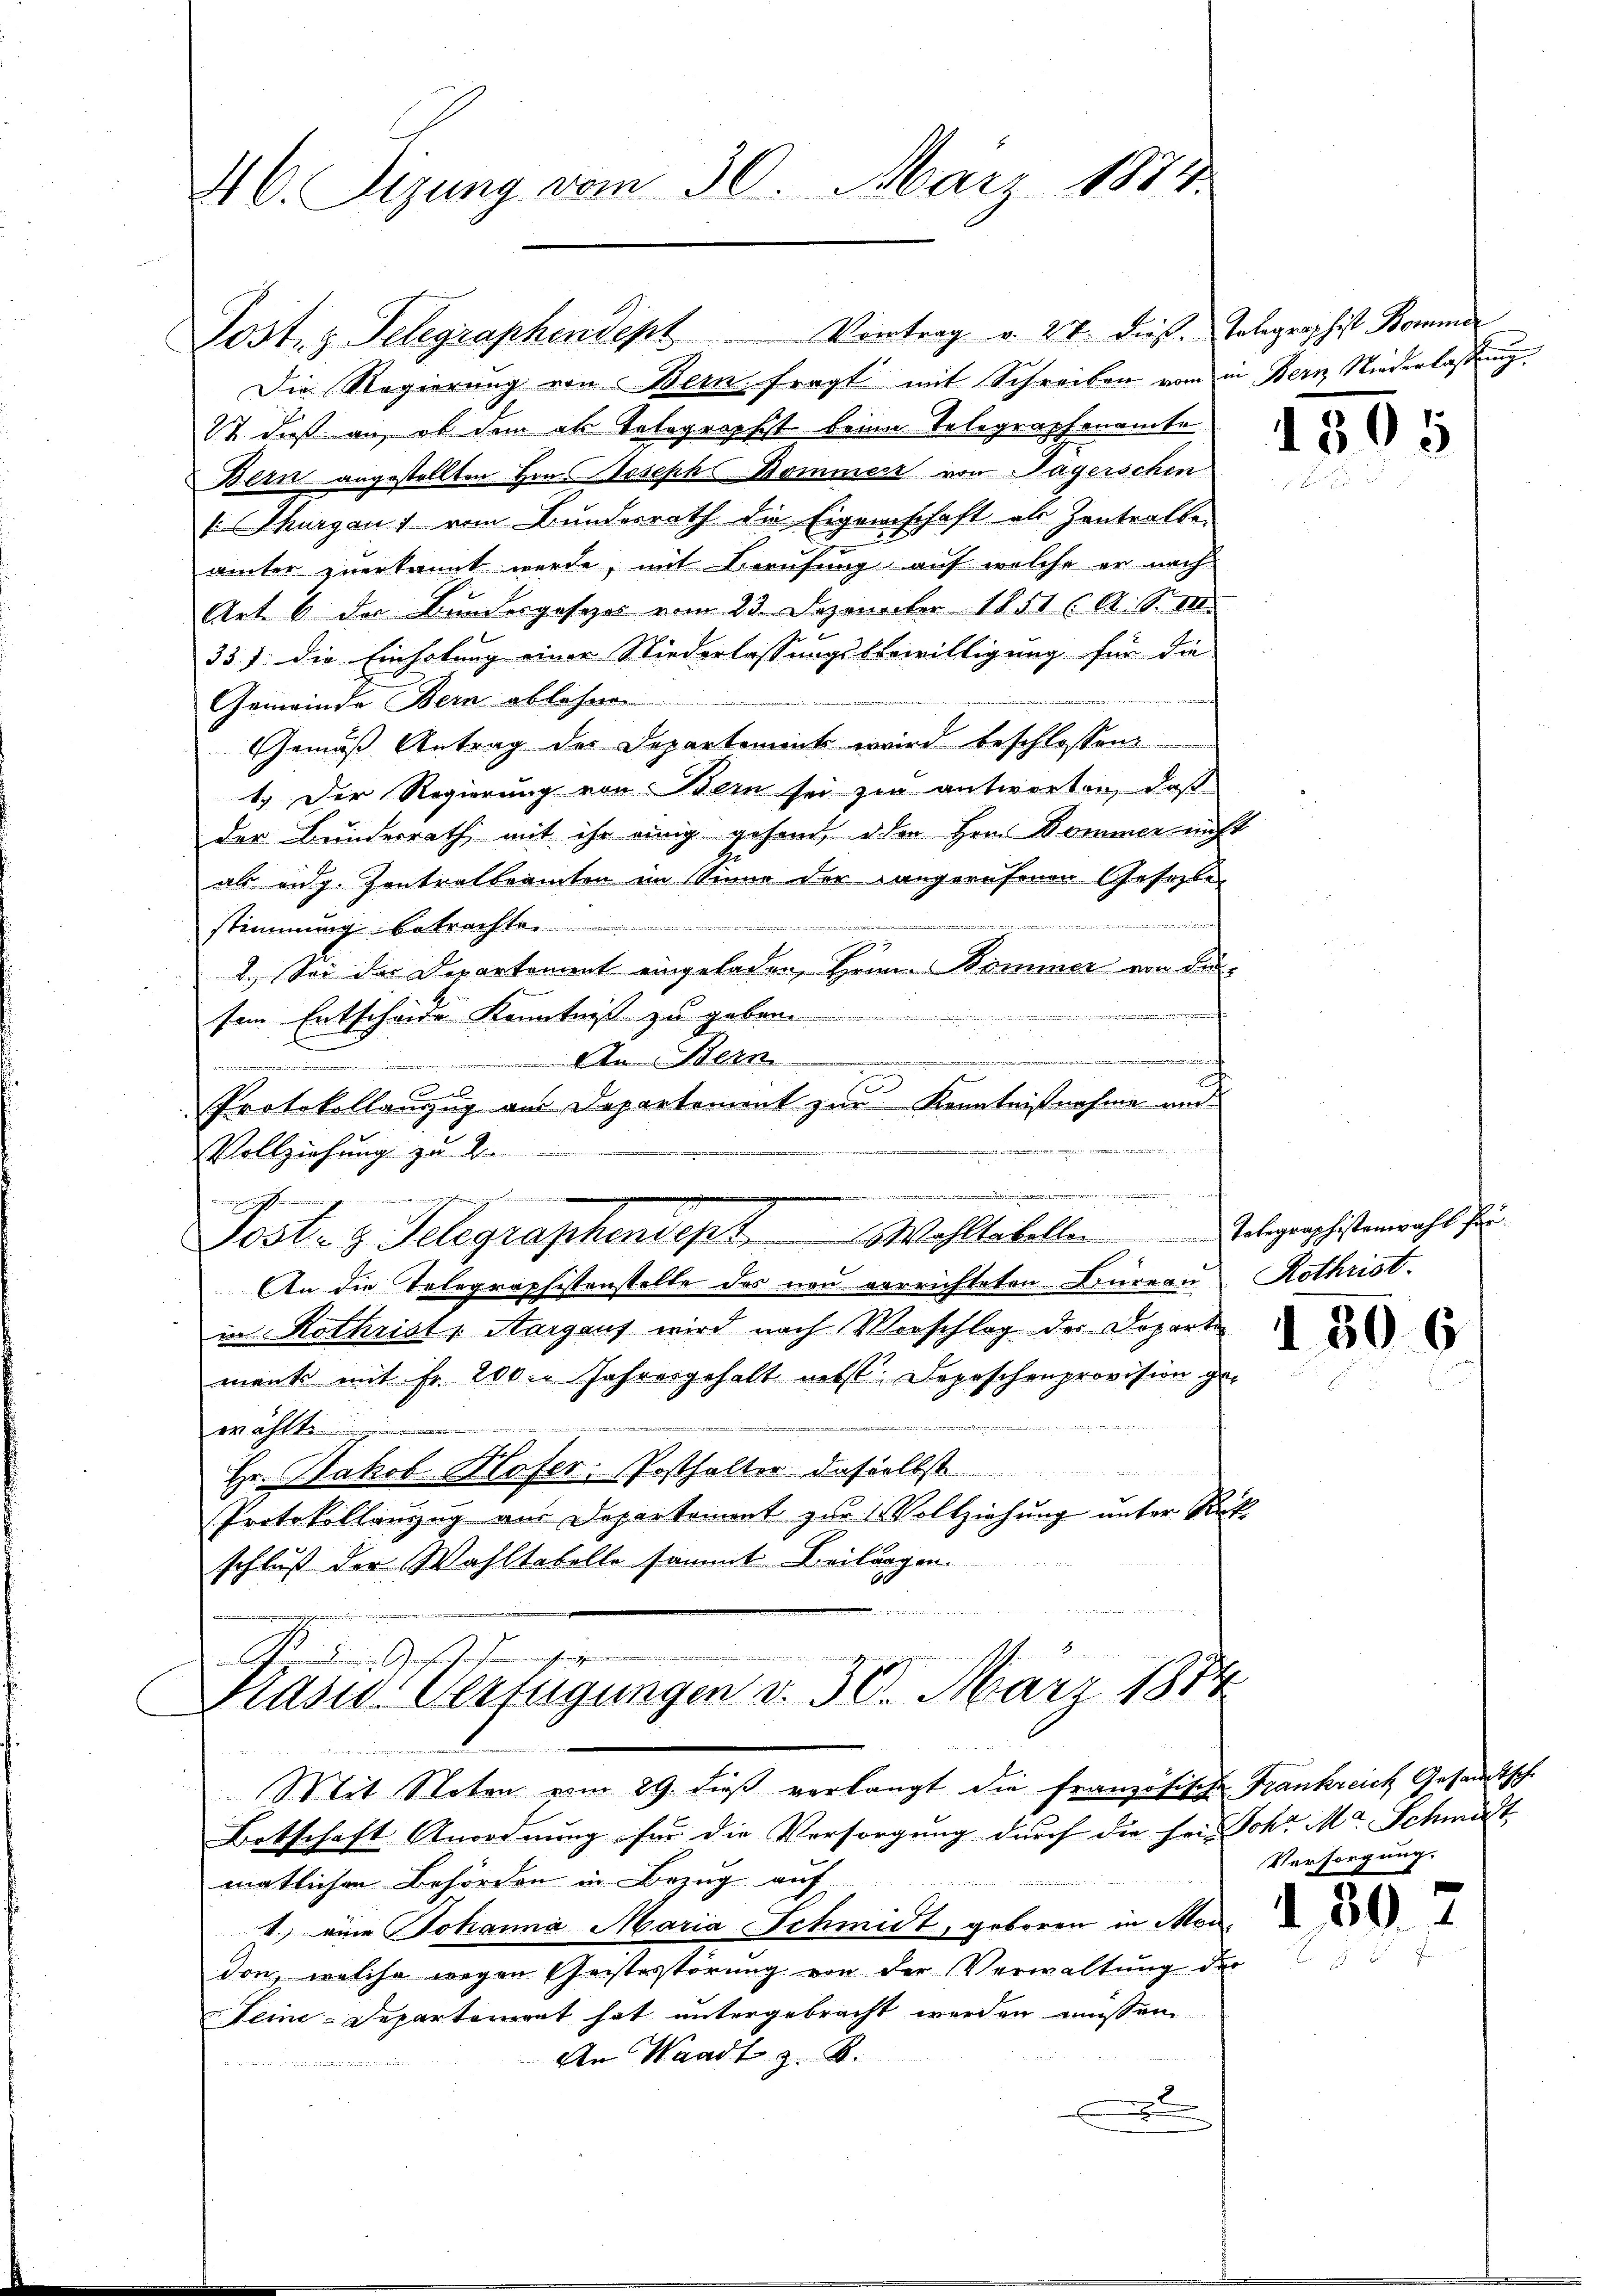
46. Sizung vom 30. März 1874.

Die Regierung von Bern fragt mit Schreiben vom in Bern Niederlassung,
St dieß an, ob dem als Telegraphist beim Telegraphenamte
Bern angestellten Hrn. Joseph Bommesz von Sagerschen
s Thurgau vom Bundesrath die Eigenschaft als Zentralbe
ämter zuerkannt werde, mit Berufung auf welche er nach
Art. 6 der Kundesgesezes vom 23 Dezember 1851 (A. S. 11.
33) die Einholung einer Niederlassungsbewilligung für die
Gemeinde Bern ablehnen
Gemäß Antrag des Departement wird beschlossend
1.) Der Regierung von Bern sei zu antworten, daß
der Bunderrath mit ihr einig gehend den Herr Bommer nicht
als eidg. Kontralbeamten im Sinne der Langerufenen Gesezte
stimmung betrachte
2.) Sei der Departement eingeladen, Heim Bommer von Lu-
sem Entscheide Kenntnis zu geben.
u
d
............
d
n
n
l
Protokollanzug aus Departement zur Kenntnißnahme wur

i
Vollziehung zu 2.
a
h
Dirigierungsfeiermie
Sostr. z. Telegraphensept Wohltabellen Telegraphistenwahl für
An die Telegraphistenstelle des neu verrichteten Bureau Rothrist.
in Rothrist, Aargauf wird nach Vorschlag des Doparte
menk mit fr. 200. Jahresgehalt nebst Depeschenprovision ge-
wählte
Hr. Jakob Hafer. Posthalter daselbst
Protokollanzug aus Departement zur Vollziehung unter Rückschluß der Wahltabelle sammt Beitragen.

Post. g. Telegraphendept Vortrag v. 24. dießs. Telegraphist Bommer

Auf Gesammengegenen
Kasus Verfügungen d. 30. März 1874
2
Mit Stoten vom 29. dieß verlangt die französische Frankreich Gesandtsche

Betschaft Anordnung für die Versorgung durch die sein Sohn Ma Schmut
matlichen Behörden in Bezug auf
1.) eine Johanna Maria Schmidt, geboren in Mon
don, welche wegen Geistestörung von der Verwaltung der
Leine-Departement hat untergebracht werden müssen.
An Waadt z. B.
 hende

1505

1306

Versorgung.

130